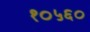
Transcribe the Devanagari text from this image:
१०५६०